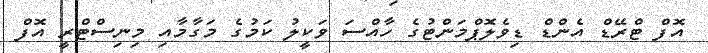
އޮފް ޓްރޭޑް އެންޑް ޑިވެލޮޕްމަންޓުގެ ހާއްސަ ވަކީލު ކަމުގެ މަގާމާއި މިނިސްޓްރީ އޮފް